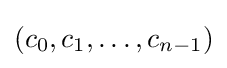
(c_{0},c_{1},\dots ,c_{n-1})